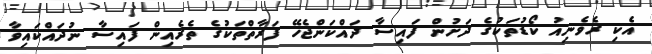
އެކި ރެވެނިއު ކޯޑުތަކުގެ ދަށުން ފައިސާ ދައްކަންޖެހޭ ފަރާތްތަކުގެ ތެރެއިން ފައިސާ ނުދައްކައިވާ